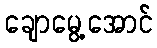
ချောမွေ့အောင်